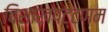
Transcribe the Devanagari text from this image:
विशाखपट्टणम